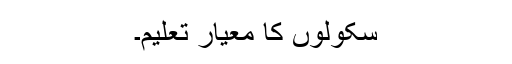
سکولوں کا معیار تعلیم۔